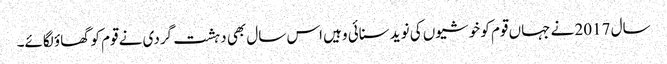
سال 2017 نے جہاں قوم کو خوشیوں کی نوید سنائی وہیں اس سال بھی دہشت گردی نے قوم کو گھاؤ لگائے۔